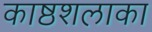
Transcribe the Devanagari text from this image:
काष्ठशलाका